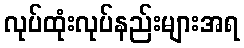
လုပ်ထုံးလုပ်နည်းများအရ